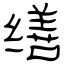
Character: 缮